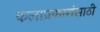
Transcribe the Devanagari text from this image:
कलाप्रकारांसाठी